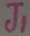
Text: J1